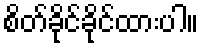
စိတ်ခိုင်ခိုင်ထားပါ။